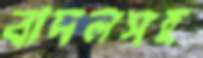
বাদলসহ